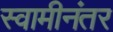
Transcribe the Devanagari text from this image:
स्वामीनंतर